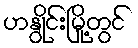
ဟနွိုင်းမြို့တွင်